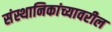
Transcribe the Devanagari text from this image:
संस्थानिकांच्यावरील